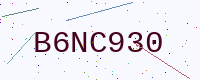
Text: B6NC930